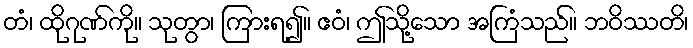
တံ၊ ထိုဂုဏ်ကို။ သုတွာ၊ ကြားရ၍။ ဧဝံ၊ ဤသို့သော အကြံသည်။ ဘဝိဿတိ၊